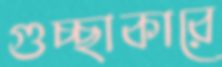
গুচ্ছাকারে